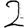
Digit: 2